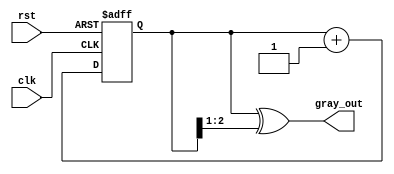
module gray_code_counter #(parameter N = 3) (
    input wire clk,          // Clock signal
    input wire rst,          // Asynchronous reset
    output reg [N-1:0] gray_out // n-bit Gray code output
);

    reg [N-1:0] binary_count; // Internal binary counter

    // Gray code conversion function
    function [N-1:0] binary_to_gray;
        input [N-1:0] binary;
        begin
            binary_to_gray = binary ^ (binary >> 1);
        end
    endfunction

    // Sequential logic for counting
    always @(posedge clk or posedge rst) begin
        if (rst) begin
            binary_count <= 0; // Reset binary counter to 0
        end else begin
            binary_count <= binary_count + 1; // Increment binary counter
        end
    end

    // Combinational logic for Gray code output
    always @(*) begin
        gray_out = binary_to_gray(binary_count); // Convert binary to Gray code
    end

endmodule